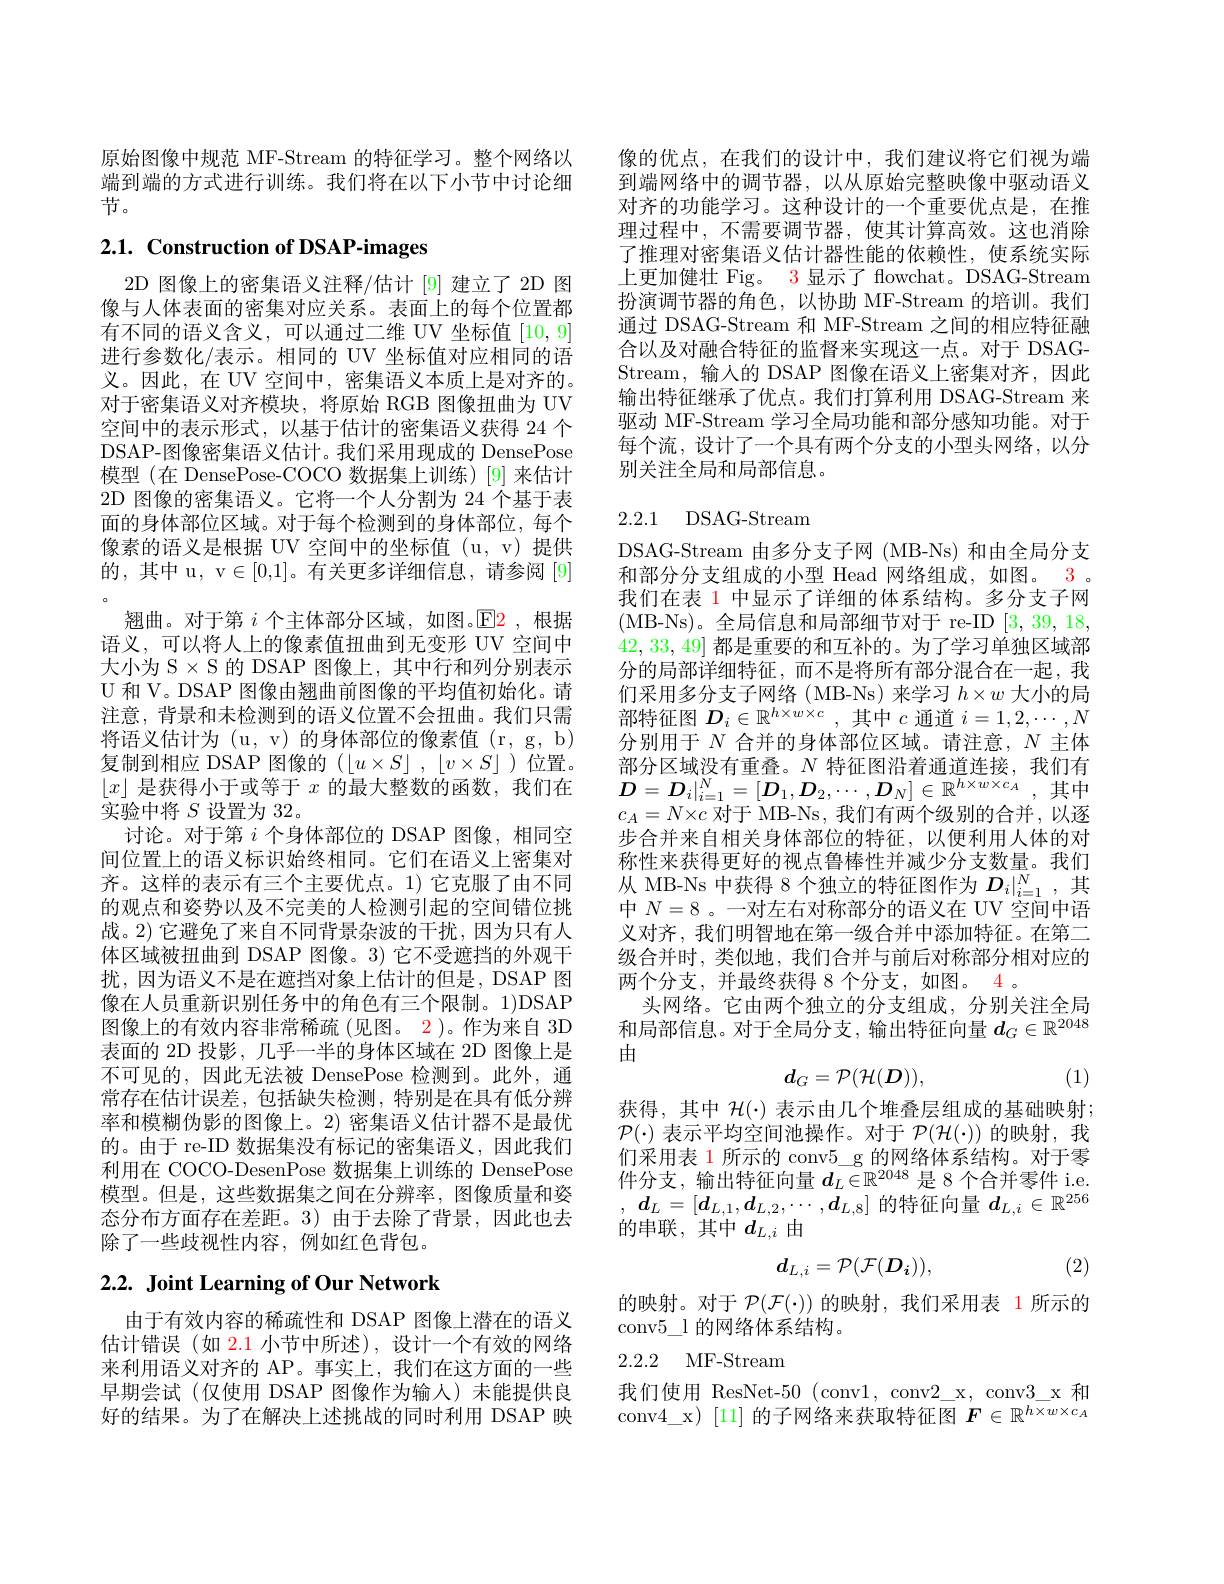
原始图像中规范 MF-Stream 的特征学习。整个网络以端到端的方式进行训练。我们将在以下小节中讨论细节。

# 2.1. Construction of DSAP-images

2D 图像上的密集语义注释/估计 [9] 建立了 2D 图像与人体表面的密集对应关系。表面上的每个位置都有不同的语义含义，可以通过二维 UV 坐标值[10,9] 进行参数化/表示。相同的 UV 坐标值对应相同的语义。因此，在 UV 空间中，密集语义本质上是对齐的。对于密集语义对齐模块，将原始 RGB 图像扭曲为 UV 空间中的表示形式，以基于估计的密集语义获得 24 个DSAP-图像密集语义估计。我们采用现成的 DensePose 模型 (在 DensePose-COCO 数据集上训练)[9]来估计2D 图像的密集语义。它将一个人分割为 24 个基于表面的身体部位区域。对于每个检测到的身体部位，每个像素的语义是根据 UV 空间中的坐标值 (u, v) 提供的，其中 u, v$\in[0,1]$。有关更多详细信息，请参阅[9]
翘曲。对于第$i$个主体部分区域，如图。$\color{red}{\mathrm{E2}}$ ,根据语义，可以将人上的像素值扭曲到无变形 UV 空间中大小为 S$\times$ S 的 DSAP 图像上，其中行和列分别表示U 和 V。DSAP 图像由翘曲前图像的平均值初始化。请注意，背景和未检测到的语义位置不会扭曲。我们只需将语义估计为 (u, v) 的身体部位的像素值 (r, g, b) 复制到相应 DSAP 图像的$( \lfloor u\times S\rfloor$ $, \lfloor v\times S\rfloor$)位置。$\lfloor x\rfloor$是获得小于或等于$x$的最大整数的函数，我们在实验中将$S$设置为 32。
讨论。对于第$i$个身体部位的 DSAP 图像，相同空间位置上的语义标识始终相同。它们在语义上密集对齐。这样的表示有三个主要优点。1) 它克服了由不同的观点和姿势以及不完美的人检测引起的空间错位挑战。2) 它避免了来自不同背景杂波的干扰，因为只有人体区域被扭曲到 DSAP 图像。3) 它不受遮挡的外观干扰，因为语义不是在遮挡对象上估计的但是，DSAP 图像在人员重新识别任务中的角色有三个限制。1)DSAP 图像上的有效内容非常稀疏(见图。2)。作为来自 3D 表面的 2D 投影 , 几乎一半的身体区域在 2D 图像上是不可见的，因此无法被 DensePose 检测到。此外，通常存在估计误差，包括缺失检测，特别是在具有低分辨率和模糊伪影的图像上。2) 密集语义估计器不是最优的。由于 re-ID 数据集没有标记的密集语义，因此我们利用在 COCO-DesenPose 数据集上训练的 DensePose 模型。但是，这些数据集之间在分辨率，图像质量和姿态分布方面存在差距。3)由于去除了背景，因此也去除了一些歧视性内容，例如红色背包。

# $2. 2. \textbf{ Joint Learning of Our Network}$

由于有效内容的稀疏性和 DSAP 图像上潜在的语义估计错误(如 2.1 小节中所述),设计一个有效的网络来利用语义对齐的 AP。事实上，我们在这方面的一些早期尝试(仅使用 DSAP 图像作为输入)未能提供良好的结果。为了在解决上述挑战的同时利用 DSAP 映

像的优点，在我们的设计中，我们建议将它们视为端到端网络中的调节器，以从原始完整映像中驱动语义对齐的功能学习。这种设计的一个重要优点是，在推理过程中，不需要调节器，使其计算高效。这也消除了推理对密集语义估计器性能的依赖性，使系统实际上更加健壮 Fig。3 显示了 flowchat。DSAG-Stream 扮演调节器的角色，以协助 MF-Stream 的培训。我们通过 DSAG-Stream 和 MF-Stream 之间的相应特征融合以及对融合特征的监督来实现这一点。对于 DSAGStream, 输人的 DSAP 图像在语义上密集对齐，因此输出特征继承了优点。我们打算利用 DSAG-Stream 来驱动 MF-Stream 学习全局功能和部分感知功能。对于每个流，设计了一个具有两个分支的小型头网络，以分别关注全局和局部信息。

## 2.2.1 DSAG-Stream

DSAG-Stream 由多分支子网 (MB-Ns) 和由全局分支和部分分支组成的小型 Head 网络组成，如图。3 。我们在表 1 中显示了详细的体系结构。多分支子网( MB- Ns) 。全 局 信 息 和 局 部 细 节 对 于 re- ID [ 3, 39, 18, 2] 42,33,49]都是重要的和互补的。为了学习单独区域部分的局部详细特征，而不是将所有部分混合在一起，我们采用多分支子网络(MB-Ns)来学习$h\times w$大小的局部特征图$D_i\in\mathbb{R}^{h\times w\times c}$,其中$c$通道$i=1,2,\cdots,N$ 分别用于$N$合并的身体部位区域。请注意，$N$主体部分区域没有重叠。$N$特征图沿着通道连接，我们有$\boldsymbol{D}=\boldsymbol{D}_{i}|_{i=1}^{N}=[\boldsymbol{D}_{1},\boldsymbol{D}_{2},\cdots,\boldsymbol{D}_{N}]\in\mathbb{R}^{h\times w\times c_{A}}$,其中$c_A=N\times c$对于 MB-Ns, 我们有两个级别的合并，以逐步合并来自相关身体部位的特征，以便利用人体的对称性来获得更好的视点鲁棒性并减少分支数量。我们从 MB-Ns 中获得 8 个独立的特征图作为$D_i|_{i=1}^N$,其中$N=8$ 。一对左右对称部分的语义在 UV 空间中语义对齐，我们明智地在第一级合并中添加特征。在第二级合并时，类似地，我们合并与前后对称部分相对应的两个分支，并最终获得 8 个分支，如图。4 。
头网络。它由两个独立的分支组成，分别关注全局和局部信息。对于全局分支，输出特征向量$d_G\in\mathbb{R}^{2048}$ 由
(1)
$$d_{G}=\mathcal{P}(\mathcal{H}(D)),$$
获得，其中$\mathcal{H}(\cdot)$表示由几个堆叠层组成的基础映射； $\mathcal{P}(\cdot)$表示平均空间池操作。对于$\mathcal{P}(\mathcal{H}(\cdot))$的映射，我们采用表 1 所示的 conv$5\_$ g 的网络体系结构。对于零件分支，输出特征向量$d_L\in\mathbb{R}^{2048}$是 8 个合并零件 i.e. , $d_L= [ d_{L, 1}, d_{L, 2}, \cdots , d_{L, 8}]$的特征向量$d_L,i\in\mathbb{R}^{256}$ 的串联，其中$d_{L,i}$由
$$d_{L,i}=\mathcal{P}(\mathcal{F}(D_{i})),$$
(2)

的映射。对于$\mathcal{P}(\mathcal{F}(\cdot))$的映射，我们采用表 1 所示的
conv$5\_$l 的网络体系结构。

# 2.2.2 MF-Stream

我们使用 ResNet-50 (conv1, conv2\_x, conv3\_x 和conv4\_x) [11] 的子网络来获取特征图$F\in\mathbb{R}^h\overline{\times w\times c_A}$